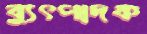
ব্যুৎপাদক